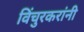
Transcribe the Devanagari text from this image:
विंचुरकरांनी